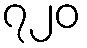
၇၂၀